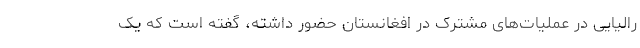
رالیایی در عملیات‌های مشترک در افغانستان حضور داشته، گفته است که یک